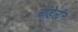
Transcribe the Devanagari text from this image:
चांडेलॉन